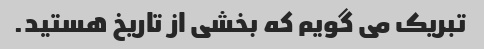
تبریک می گویم که بخشی از تاریخ هستید.